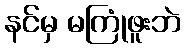
နင်မှ မကြုံဖူးဘဲ